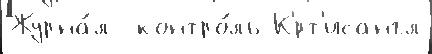
Журна́л  контро́ль К'́рт'исангл